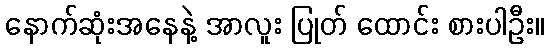
နောက်ဆုံးအနေနဲ့ အာလူး ပြုတ် ထောင်း စားပါဦး။